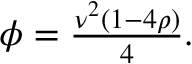
\begin{array} { r } { \phi = \frac { \nu ^ { 2 } ( 1 - 4 \rho ) } { 4 } . } \end{array}